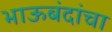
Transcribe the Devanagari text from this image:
भाऊबंदांचा